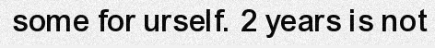
some for urself. 2 years is not